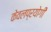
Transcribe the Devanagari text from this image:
केवलप्रयोगी